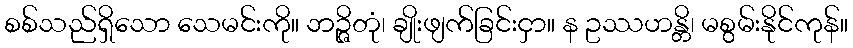
စစ်သည်ရှိသော သေမင်းကို။ ဘဉ္ဇိတုံ၊ ချိုးဖျက်ခြင်းငှာ။ န ဥဿဟန္တိ၊ မစွမ်းနိုင်ကုန်။